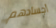
أجسادهم